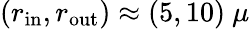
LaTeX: (r_{\mathrm{in}},r_{\mathrm{out}})\approx(5,10)~\mu